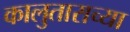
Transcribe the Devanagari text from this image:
कालुताराच्या